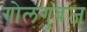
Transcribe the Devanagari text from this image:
गोलगुंबज